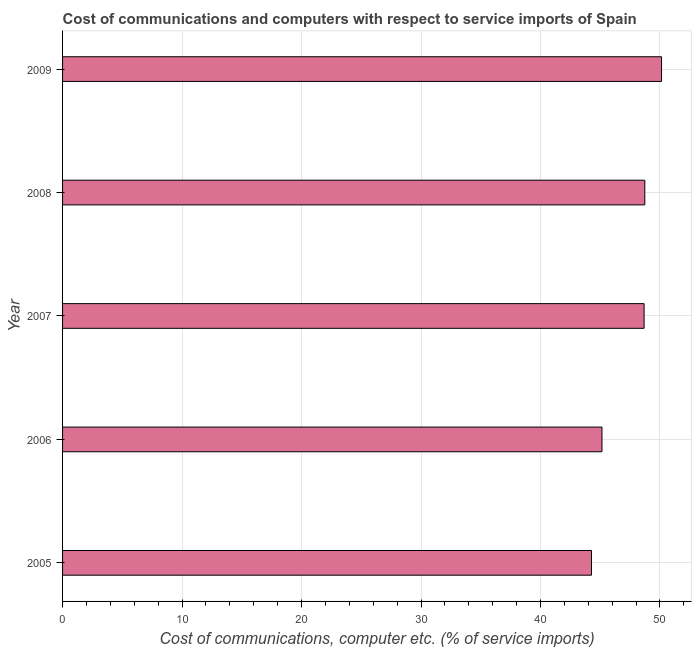
| Year | Communications |
 | --- | --- |
 | 2005 | 44.3 |
 | 2006 | 45.1 |
 | 2007 | 48.7 |
 | 2008 | 48.7 |
 | 2009 | 50.1 |